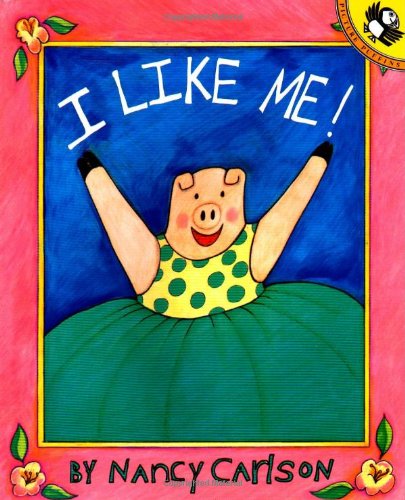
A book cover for I Like Me! (Picture Puffins); Nancy Carlson; Children's Books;